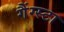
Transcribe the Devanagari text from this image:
गैंग्स्टा